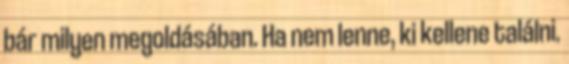
bár milyen megoldásában. Ha nem lenne, ki kellene találni.